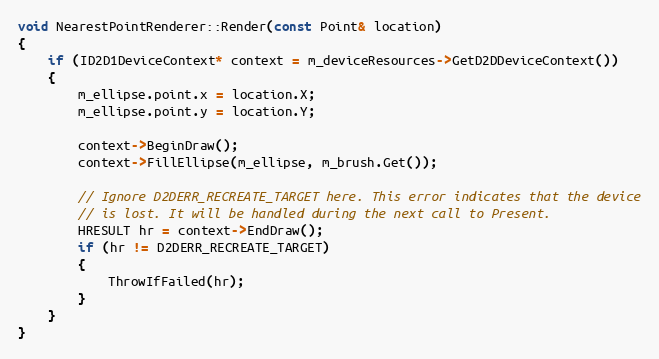
Language: C++
void NearestPointRenderer::Render(const Point& location)
{
    if (ID2D1DeviceContext* context = m_deviceResources->GetD2DDeviceContext())
    {
        m_ellipse.point.x = location.X;
        m_ellipse.point.y = location.Y;

        context->BeginDraw();
        context->FillEllipse(m_ellipse, m_brush.Get());

        // Ignore D2DERR_RECREATE_TARGET here. This error indicates that the device
        // is lost. It will be handled during the next call to Present.
        HRESULT hr = context->EndDraw();
        if (hr != D2DERR_RECREATE_TARGET)
        {
            ThrowIfFailed(hr);
        }
    }
}